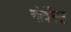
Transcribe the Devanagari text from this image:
नोर्वेस्ट